65_HS1-834228961_62-HQ-83894_Section_3
Agency: FBI
Page 124
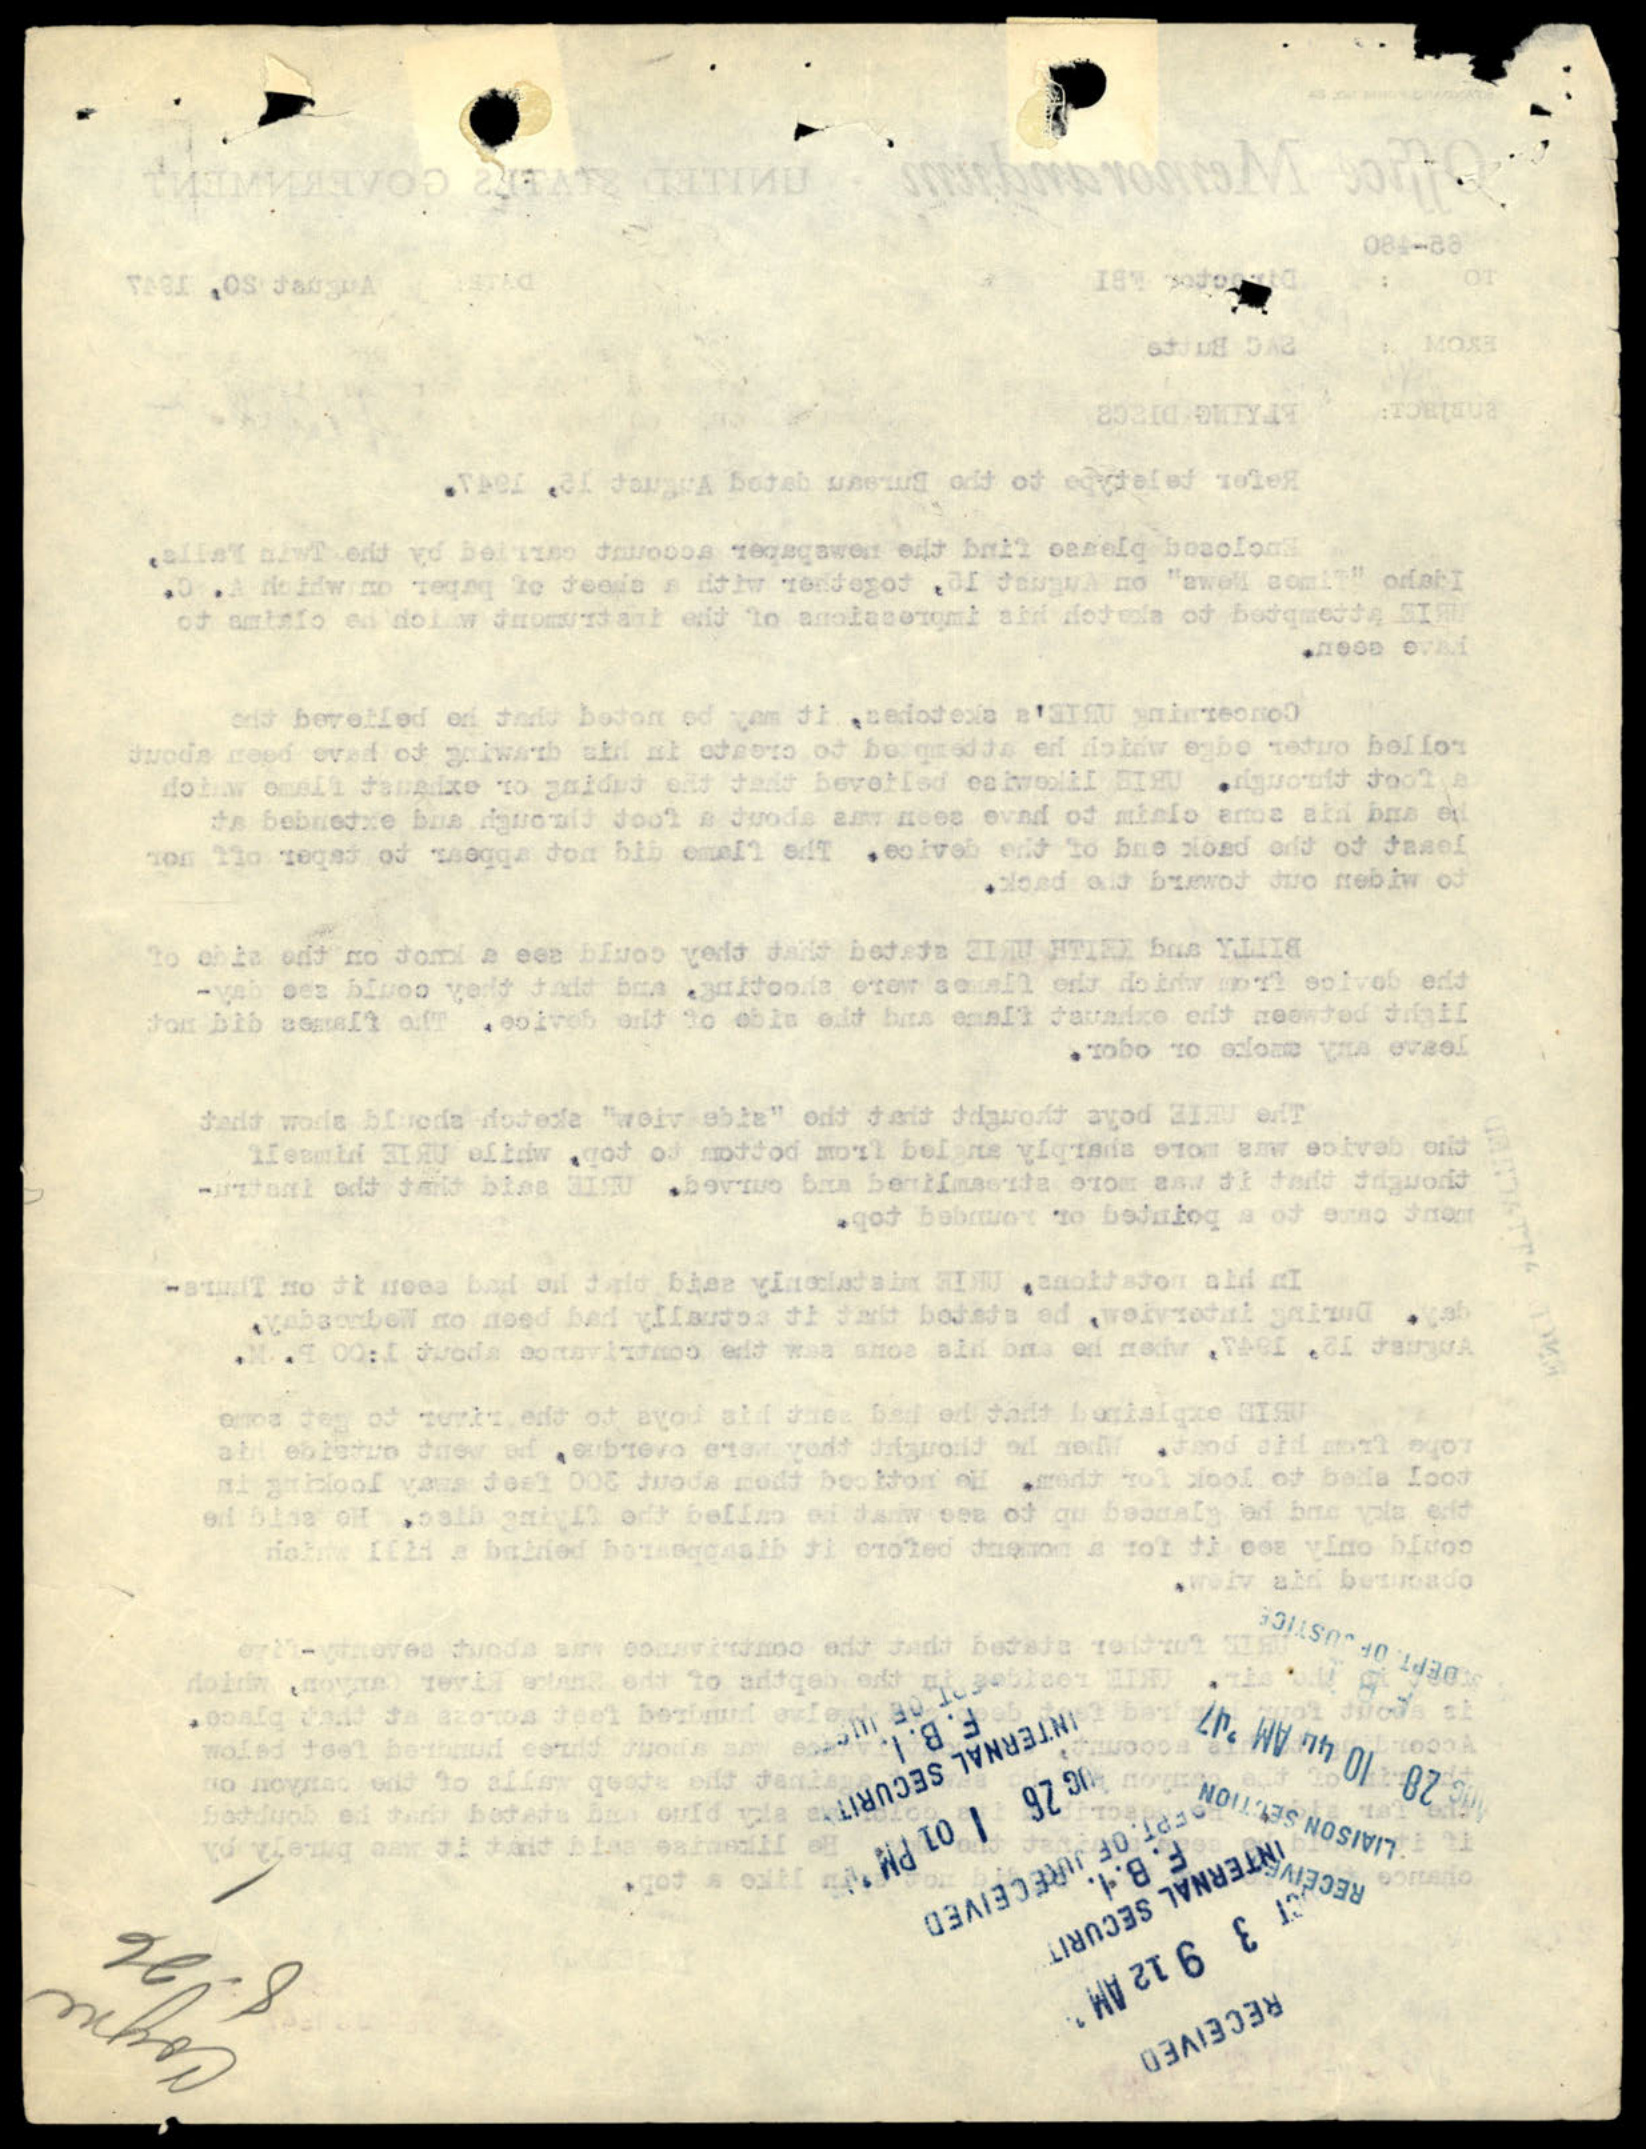